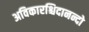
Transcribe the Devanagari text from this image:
अविकारश्चिदानन्दो